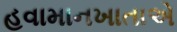
હવામાનખાતાએ